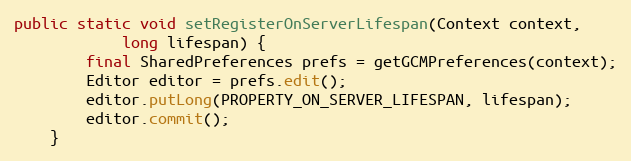
Language: Java
public static void setRegisterOnServerLifespan(Context context,
            long lifespan) {
        final SharedPreferences prefs = getGCMPreferences(context);
        Editor editor = prefs.edit();
        editor.putLong(PROPERTY_ON_SERVER_LIFESPAN, lifespan);
        editor.commit();
    }